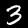
Digit: 3